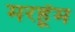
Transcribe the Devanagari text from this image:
मरहूँम